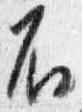
不